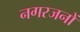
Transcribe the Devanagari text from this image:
नगरजनों